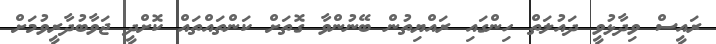
ރައީސް ވިދާޅުވީ ދައުލަތް ހިންގައި ރައްޔިތުން ބޭނުންވާ ގޮތަށް ކަންތައްތައް ކޮށްދީ ޖަވާބުދާރީވުމަށް